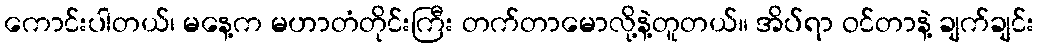
ကောင်းပါတယ်၊ မနေ့က မဟာတံတိုင်းကြီး တက်တာမောလို့နဲ့တူတယ်။ အိပ်ရာ ဝင်တာနဲ့ ချက်ချင်း